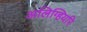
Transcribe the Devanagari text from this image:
अलिग्हियरि